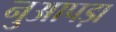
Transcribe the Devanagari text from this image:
नुआपड़ा